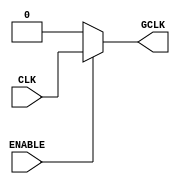
module ClockGating(
    input wire CLK,            // Main clock signal
    input wire ENABLE,         // Gating control signal
    output reg GCLK           // Gated clock signal
);

// Clock gating logic
always @(*) begin
    if (ENABLE) begin
        GCLK = CLK;           // Follow the main clock when enabled
    end else begin
        GCLK = 1'b0;         // Hold the gated clock low when disabled
    end
end

endmodule